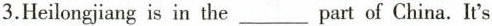
3.Heilongjiang is in the___part of China. It's